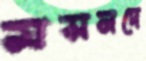
মসনদে